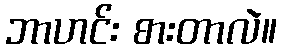
ဘာဟင်း စားတာလဲ။